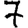
Digit: 7